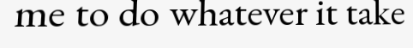
me to do whatever it take